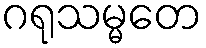
ဂရုသမ္မတေ